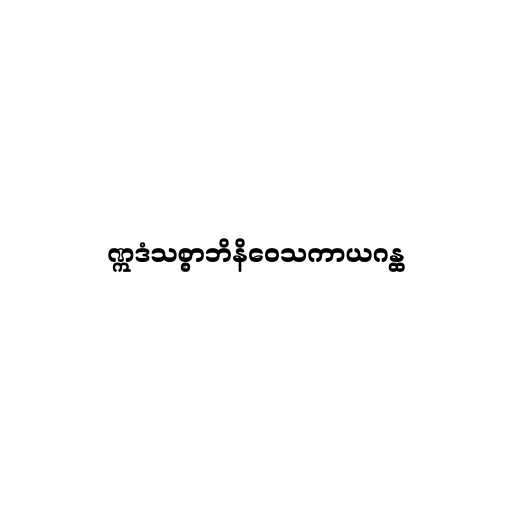
ဣဒံသစ္စာဘိနိဝေသကာယဂန္ထ